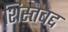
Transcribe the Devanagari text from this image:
शिस्तबद्द